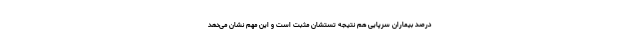
درصد بیماران سرپایی هم نتیجه تستشان مثبت است و این مهم نشان می‌دهد